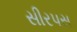
સીરપસ